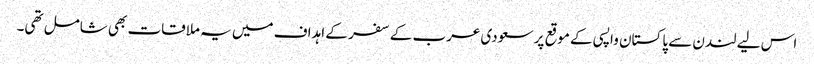
اس لیے لندن سے پاکستان واپسی کے موقع پر سعودی عرب کے سفر کے اہداف میں یہ ملاقات بھی شامل تھی۔